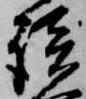
談